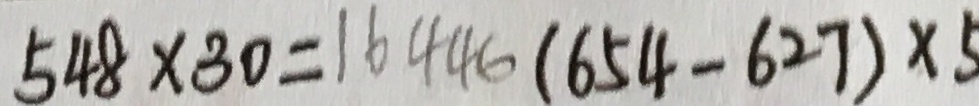
5 4 8 \times 3 0 = 1 6 4 4 6 ( 6 5 4 - 6 2 7 ) \times 5